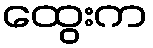
ထွေးက